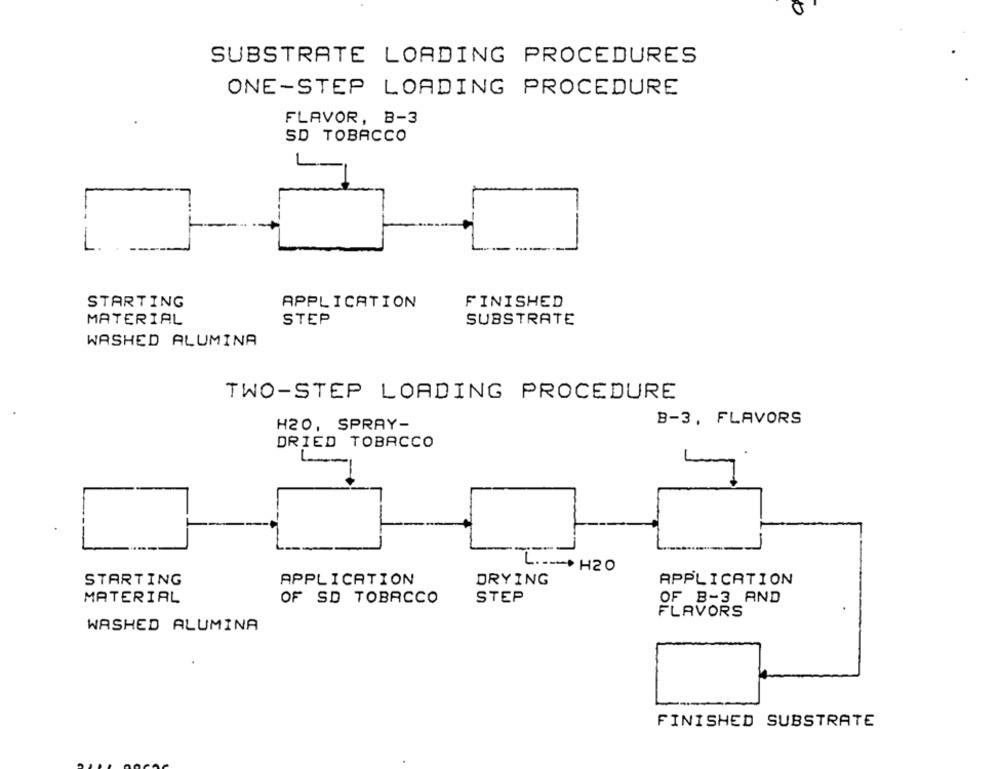
SUBSTRATE LOADING PROCEDURES
ONE-STEP LOADING PROCEDURE
FLAVOR, B-3
SD TOBACCO
STARTING
APPLICATION
FINISHED
MATERIAL
STEP
SUBSTRATE
WASHED ALUMINA
TWO-STEP LOADING PROCEDURE
B-3, FLAVORS
H20, SPRAY-
DRIED TOBACCO
L .--- H2O
STARTING
APPLICATION
DRYING
APPLICATION
MATERIAL
OF SD TOBACCO
STEP
OF _B-3 AND
FLAVORS
WASHED ALUMINA
FINISHED SUBSTRATE